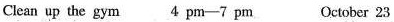
Clean up the gym 4 pm-7 pm October 23